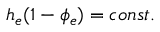
h _ { e } ( 1 - \phi _ { e } ) = c o n s t .